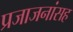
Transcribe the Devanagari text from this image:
प्रजाजनांसह